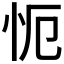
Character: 𭜒